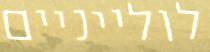
לולייניים